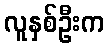
လူနှစ်ဦးက